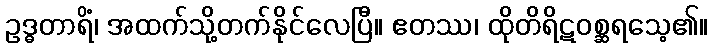
ဥဒ္ဓတာရိံ၊ အထက်သို့တက်နိုင်လေပြီ။ ဧတဿ၊ ထိုတိရိဋဝစ္ဆရသေ့၏။